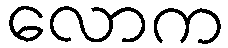
လောက